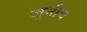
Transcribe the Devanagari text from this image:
जुनीच